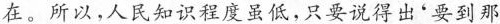
在。所以，人民知识程度虽低，只要说得出'要到那